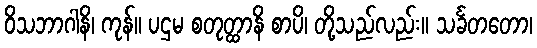
ဝိသဘာဂါနိ၊ ကုန်။ ပဌမ စတုတ္ထာနိ စာပိ၊ တို့သည်လည်း။ သင်္ခတတော၊